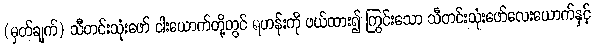
(မှတ်ချက်) သီတင်းသုံးဖော် ငါးယောက်တို့တွင် ရဟန်းကို ဖယ်ထား၍ ကြွင်းသော သီတင်းသုံးဖော်လေးယောက်နှင့်